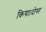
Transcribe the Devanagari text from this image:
किया।दोस्त